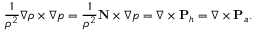
\frac { 1 } { \rho ^ { 2 } } \nabla \rho \times \nabla p = \frac { 1 } { \rho ^ { 2 } } { \bf N } \times \nabla p = \nabla \times { \bf P } _ { h } = \nabla \times { \bf P } _ { a } .